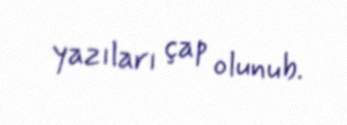
yazıları çap olunub.